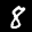
Label: 8